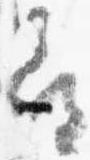
尋